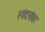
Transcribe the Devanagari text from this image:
स्पंदनांवर